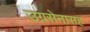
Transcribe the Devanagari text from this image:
उग्रसेनासह